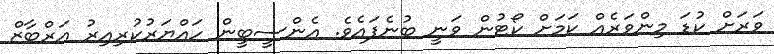
ވަރަށް ކުޑަ މިންވަރެއް ކަމަށް ކޯޓުން ވަނީ ބުނެފައެވެ. އެންސީބީން ހައްޔަރުކުރިއިރު އަރްބާޒް